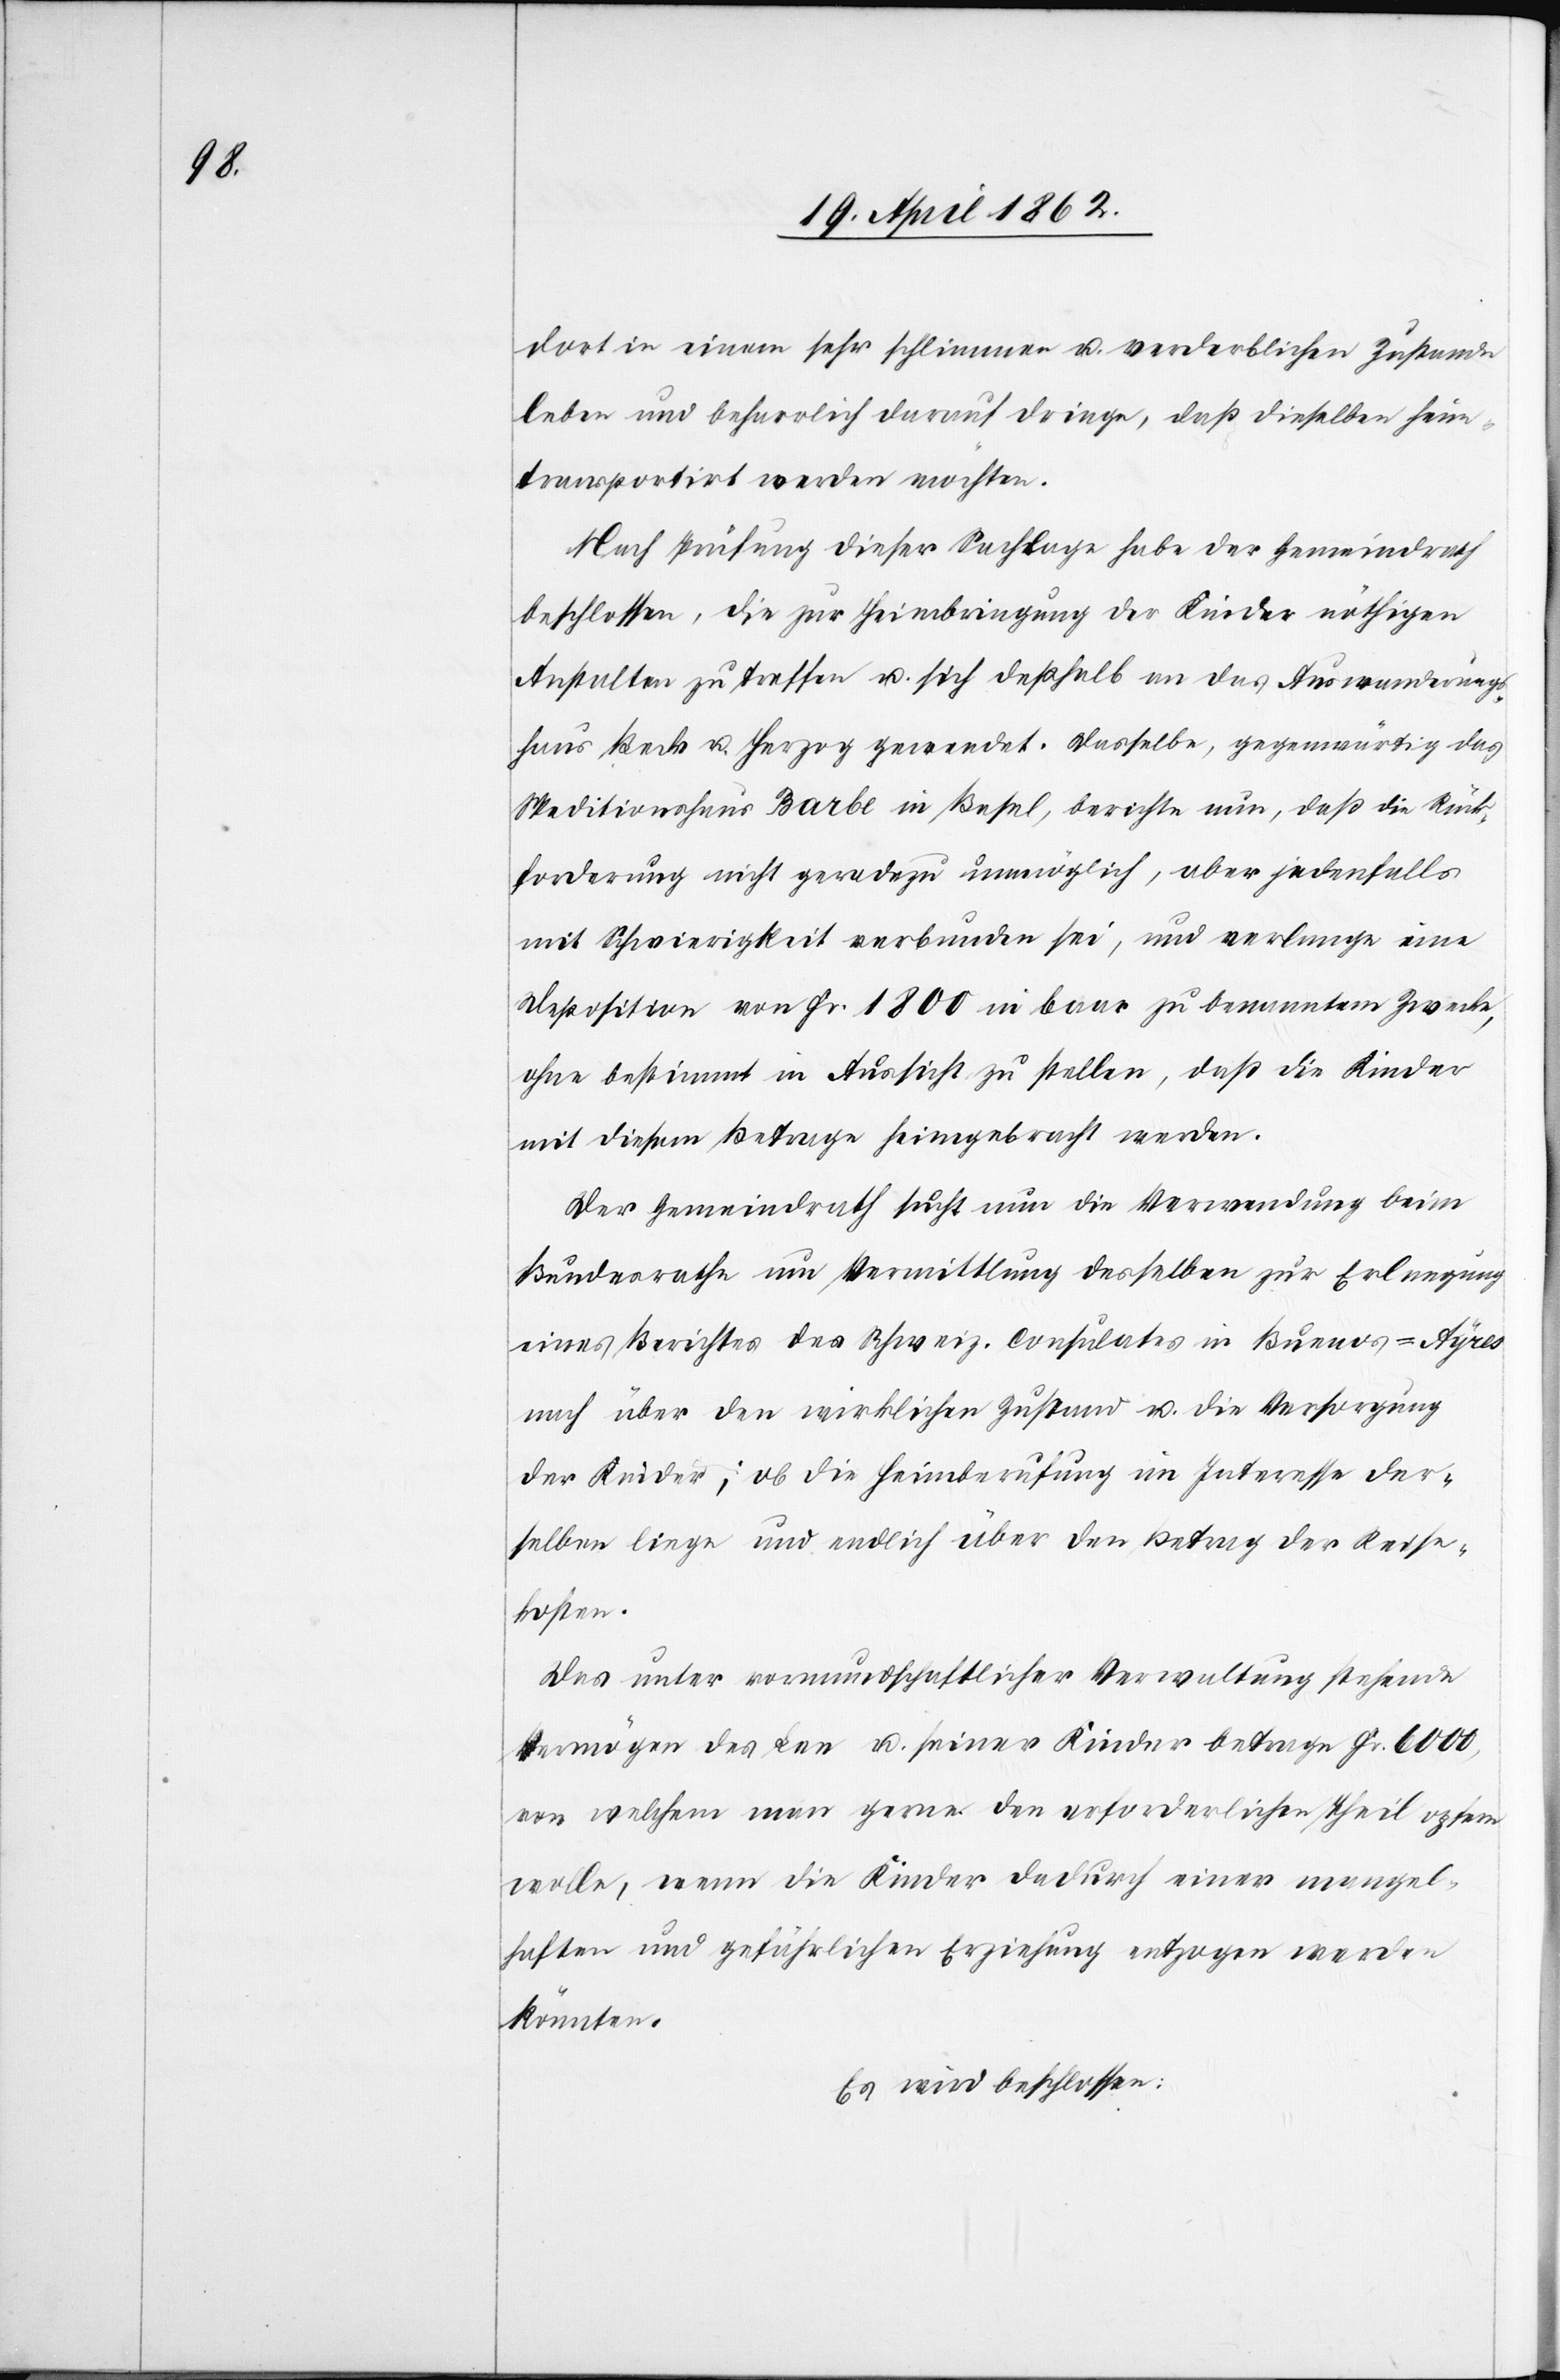
dort in einem sehr schlimmen u. verderblichen Zustande
leben und beharrlich darauf dringe, daß dieselben hin¬
transportirt werden möchten.
Nach Prüfung dieser Sachlage habe der Gemeindrath
beschlossen, die zur Heimbringung der Kinder nöthigen
Anstalten zu treffen u. sich deßhalb an das Auswanderungs¬
haus Beck u. Herzog gewendet. Dasselbe, gegenwärtig das
Meditionshaus Barbe in Basel, berichte nun, daß die Rück¬
forderung nicht geradezu unmöglich, aber jedenfalls
mit Schwierigkeiten verbunden sei, und verlange eine
Deposition von Fr. 1800 in baar zu benanntem Zwecke,
ohne bestimmt in Aussicht zu stellen, daß die Kinder
mit diesem Betrage heimgebracht werden.
Der Gemeindrath sucht nun die Verwendung beim
Bundesrathe um Vermittlung desselben zur Erlangung
eines Berichtes des schweiz. Consulates in Buenos-Ayres
nach über den wirklichen Zustand u. die Versorgung
der Kinder; ob die Heimberufung im Interesse der¬
selben liege und endlich über den Betrag der Reise¬
kosten.
Das unter vormundschaftlicher Verwaltung stehende
Vermögen des Lee u. seiner Kinder betrage Fr. 6000,
von welchem man gerne den erforderlichen Theil opfern
wolle, wenn die Kinder dadurch einer mangel¬
haften und gefährlichen Erziehung entzogen werden
könnten.
Es wird beschlossen: